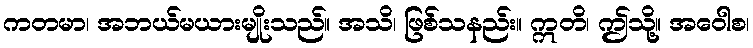
ကတမာ၊ အဘယ်မယားမျိုးသည်။ အသိ၊ ဖြစ်သနည်း။ ဣတိ၊ ဤသို့။ အဝေါစ၊